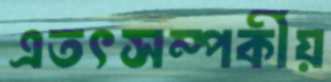
এতৎসম্পর্কীয়